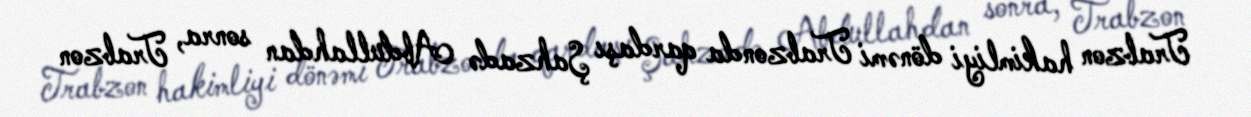
Trabzon hakimliyi dönəmi Trabzonda qardaşı Şahzadə Abdullahdan sonra, Trabzon